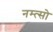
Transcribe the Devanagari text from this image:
नम्त्सो